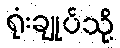
ရုံးချုပ်သို့